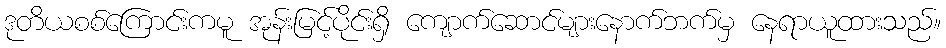
ဒုတိယစစ်ကြောင်းကမူ အုန်းမြင့်ပိုင်းရှိ ကျောက်ဆောင်များနောက်ဘက်မှ နေရာယူထားသည်။